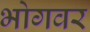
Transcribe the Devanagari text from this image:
भोगवर